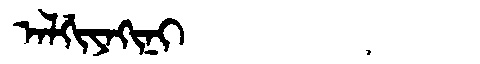
Manchu: ᠠᠯᡤᡳᠶᠠᡴᡳᠨᡳ
Romanization: ALGIYAKINI